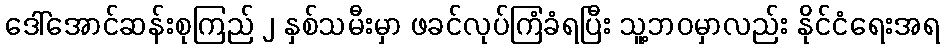
ဒေါ်အောင်ဆန်းစုကြည် ၂ နှစ်သမီးမှာ ဖခင်လုပ်ကြံခံရပြီး သူ့ဘဝမှာလည်း နိုင်ငံရေးအရ